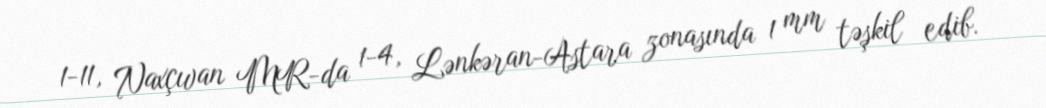
1-11, Naxçıvan MR-da 1-4, Lənkəran-Astara zonasında 1 mm təşkil edib.